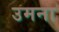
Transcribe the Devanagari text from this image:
उमना